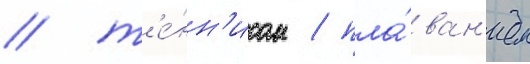
/ т'е́нн'исом / пла́ван'ием